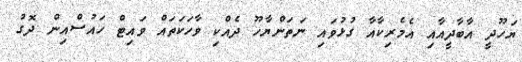
ޔަހޫދީ އާބާދީއާއި އެމެރިކާއާ ގުޅުވައި ނަތަންޔާހޫ ދެއްކި ވާހަކަތައް ވައިޓް ހައުސްއިން ދޮގު